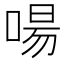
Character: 啺